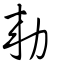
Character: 勑